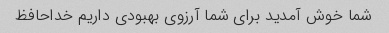
شما خوش آمدید برای شما آرزوی بهبودی داریم خداحافظ